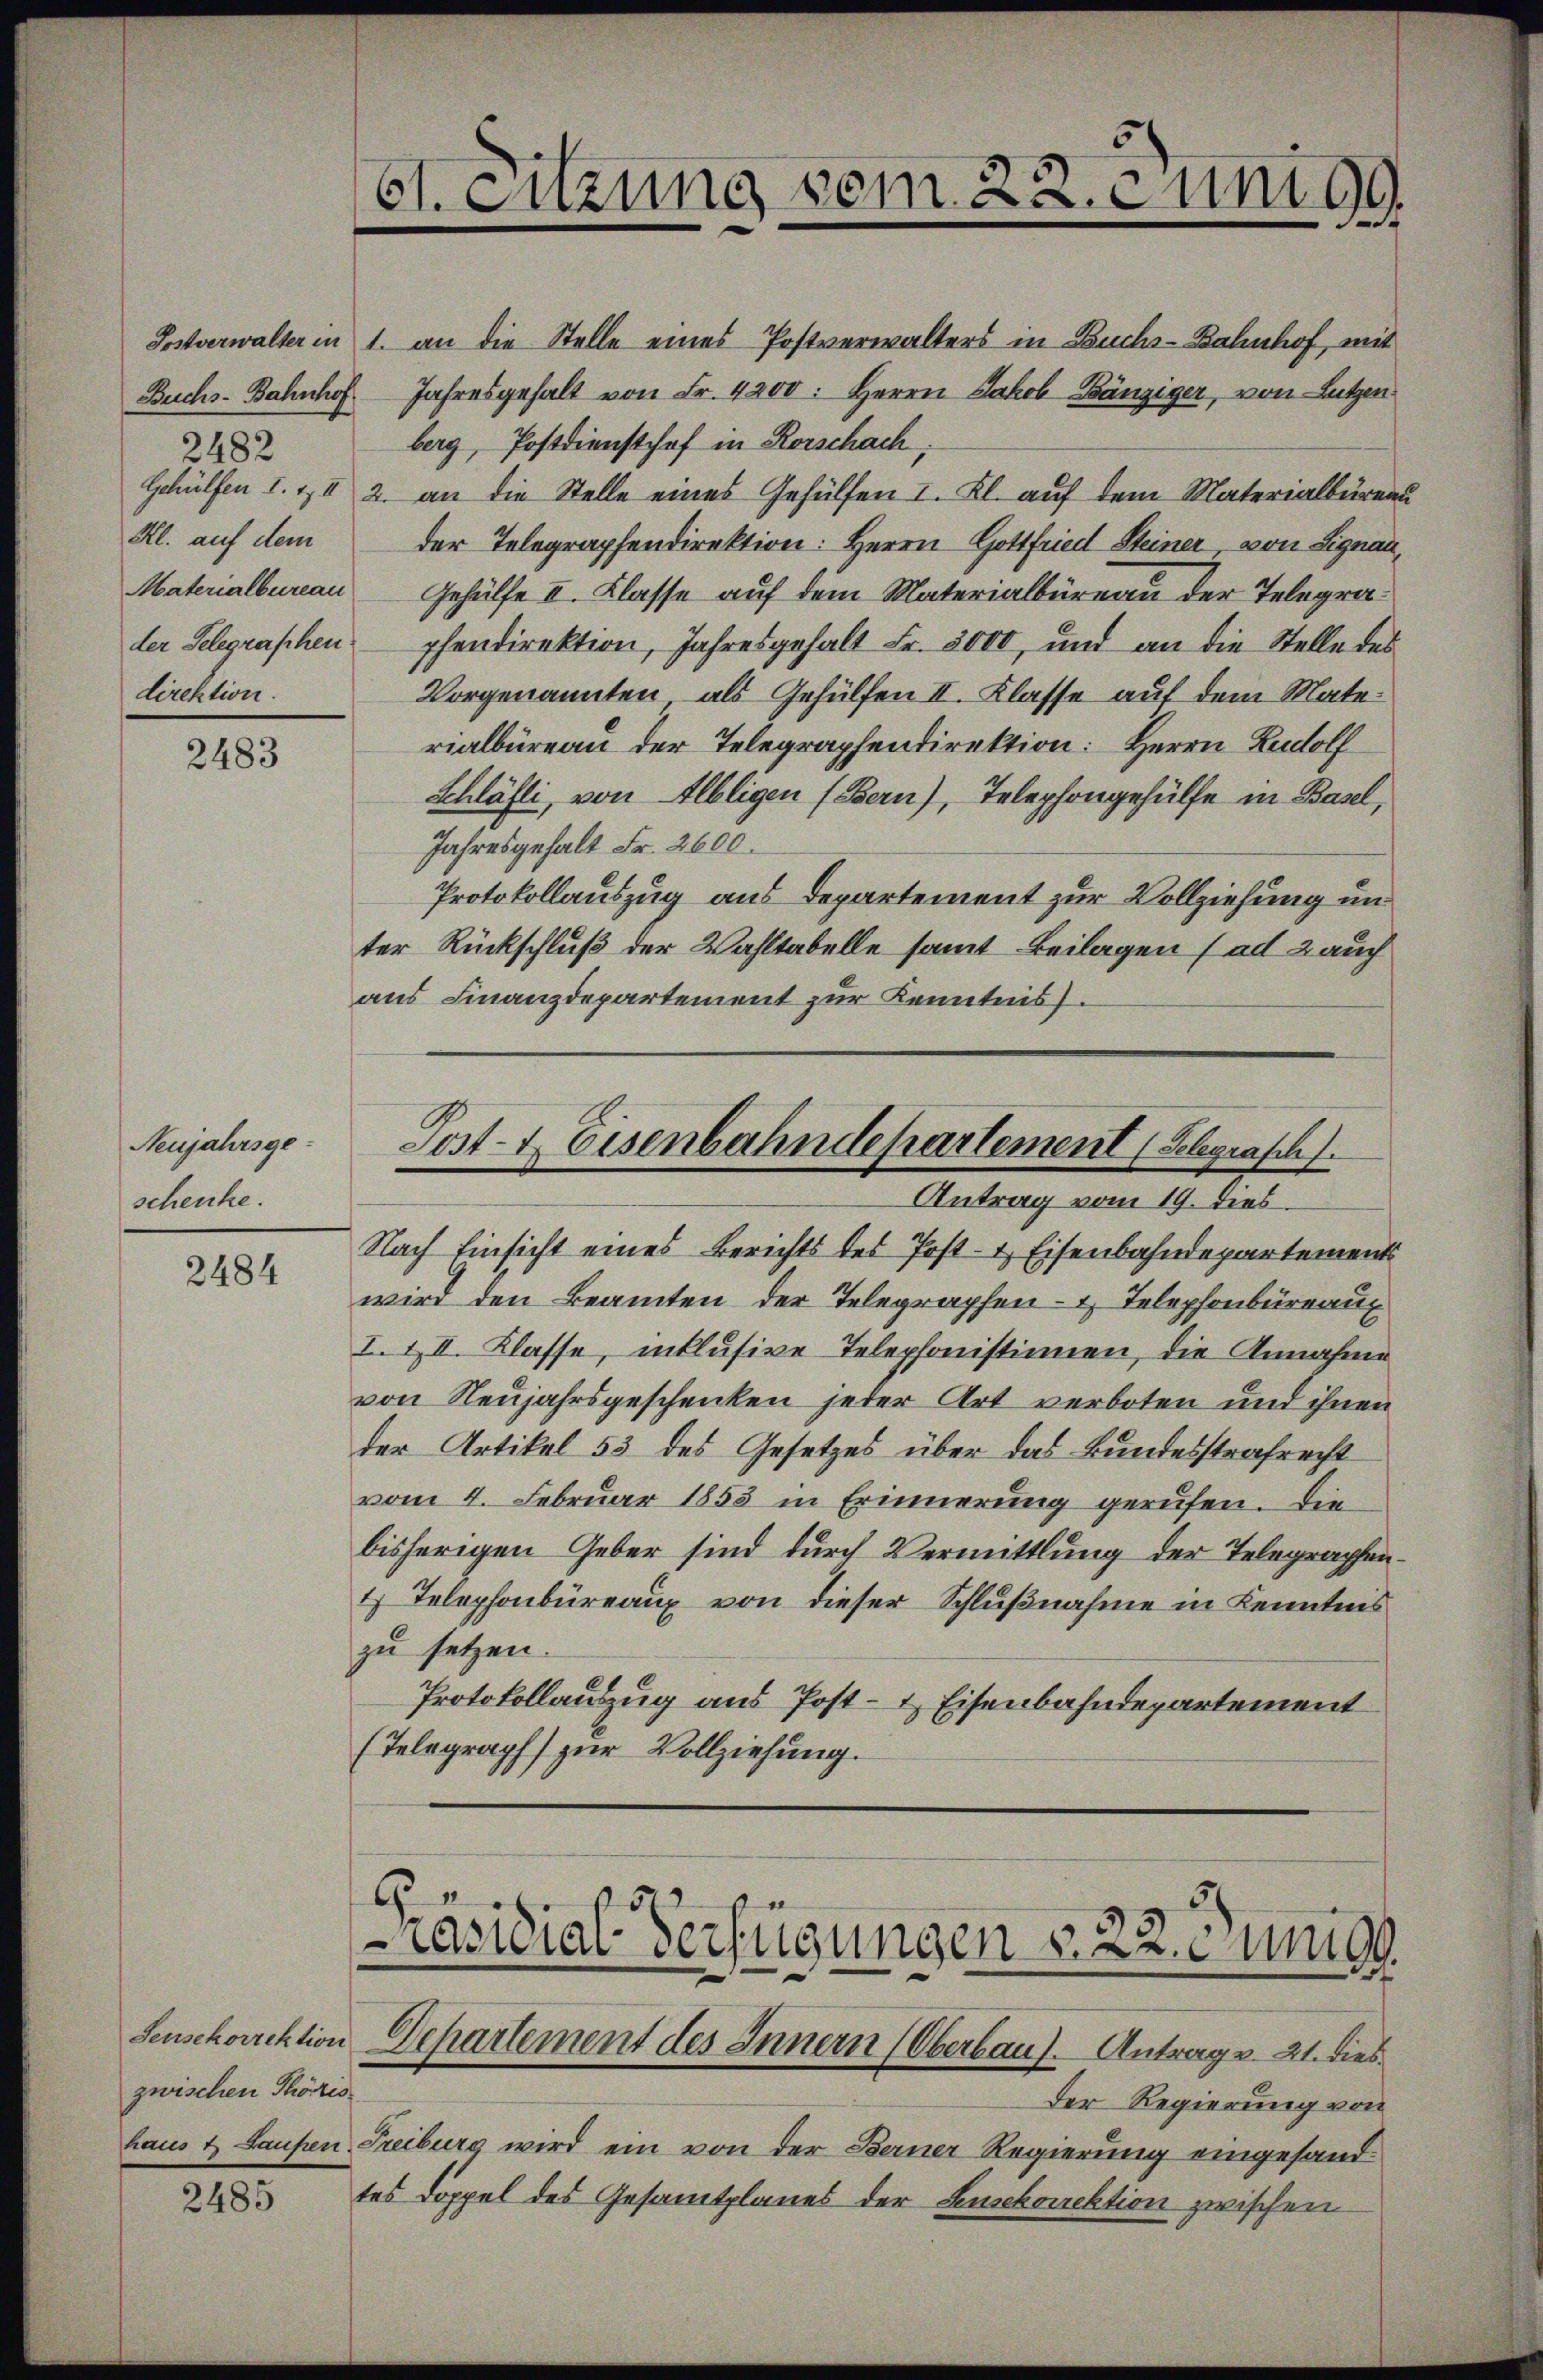
2482
Kl. auf dem
direktion.

2483

Neujahrsge-
schenke.

2484

Seusckorrektion
zwischen Thöres

2485

Sostverwalter in 1. an die Stelle eines Postverwalters in Buchs-Bahnhof, mit
Buchs-Bahnhof Jahresgehalt von Fr. 4200. Herrn Jakob Bänziger, von Lutzen
berg, Postdiensthof in Rorschach,
Gehülfen I. & II 2. an die Stelle eines Gehülfen I. Kl. auf dem Materialbüreau
der Telegraphendirektion: Herrn Gottfried Steiner von Signau,
Materialbureau Gehülfe II. Klasse auf dem Materialbüreau der Telegrader Selegraphen pendirektion, Jahresgehalt Fr. 3000, und an die Stelle des
Vorgenannten, als Gehülfen II. Klasse auf dem Materialbüreau der Telegraphendirektion: Herrn Rudolf
Schläfli, von Albligen (Bern), Telephongehülfe in Basel,
Jahresgehalt Fr. 2600.
Protokollauszug aus Departement zur Vollziehung und
ter Rückschluß der Wahltabelle samt Beilagen (ad 2 auch
aus Finanzdepartement zur Kenntnis.

61. Enzung vom 22. c und 99.
d

Post- u. Eisenbahndepartement (Belegrasch.
Antrag vom 19. dies

Nach Einsicht eines Berichts des Post- & Eisenbahndepartements
wird den Beamten der Telegraphen- & Telephonbüreaug
I. & II. Klasse, inklusive Telephonistinnen, die Annahme
von Neujahrsgeschenken jeder Art verboten und ihnen
der Artikel 53 des Gesetzes über das Bundesstrafrecht
vom 4. Februar 1853 in Erinnerung gerufen. Die
bisherigen Geber sind durch Vermittlung der Telegraphen¬
1) Telephonbüreaux von dieser Schlußnahme in Kenntnis
zu setzen.
Protokollauszug aus Post- & Eisenbahndepartement
(Telegraph zur Vollziehung.

6
Präsidial-Verfügungen v. 22. Junig
Departement des Innern (Oberbau. Antrag v. 21. dies

haus & Laufen, Freiburg wird ein von der Berner Regierung eingesand
tes Doppel des Gesamtplanes der Lusckorektion zwischen

Der Regierung von